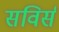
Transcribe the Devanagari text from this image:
सविर्स